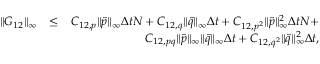
\begin{array} { r l r } { \| G _ { 1 2 } \| _ { \infty } } & { \leq } & { C _ { 1 2 , p } \| \tilde { p } \| _ { \infty } \Delta t N + C _ { 1 2 , q } \| \tilde { q } \| _ { \infty } \Delta t + C _ { 1 2 , p ^ { 2 } } \| \tilde { p } \| _ { \infty } ^ { 2 } \Delta t N + } \\ & { } & { C _ { 1 2 , p q } \| \tilde { p } \| _ { \infty } \| \tilde { q } \| _ { \infty } \Delta t + C _ { 1 2 , q ^ { 2 } } \| \tilde { q } \| _ { \infty } ^ { 2 } \Delta t , } \end{array}